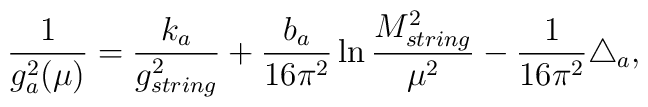
\frac{1}{g_a^2(\mu)}=\frac{k_a}{g_{string}^2} +\frac{b_a}{16\pi^2} \ln \frac {M_{string}^2}{\mu^2} -\frac{1}{16 \pi^2} \triangle_a ,